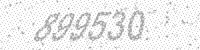
Solution: 899530